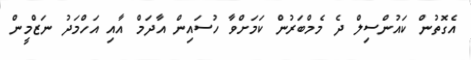
އެގޮތުން ކައުންސިލް ދެ މެމްބަރުން ކަމަށްވާ ހުސައިން އާދަމް އާއި އަހްމަދު ނަޒްމީން